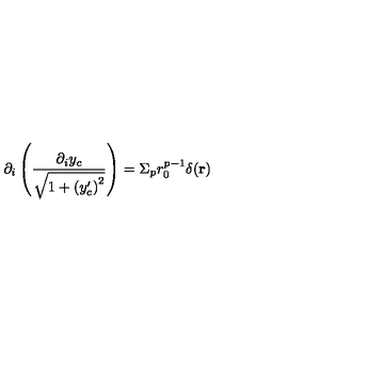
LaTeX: \partial _ { i } \left( \frac { \partial _ { i } y _ { c } } { \sqrt { 1 + \left( y _ { c } ^ { \prime } \right) ^ { 2 } } } \right) = \Sigma _ { p } r _ { 0 } ^ { p - 1 } \delta ( { \bf r } )